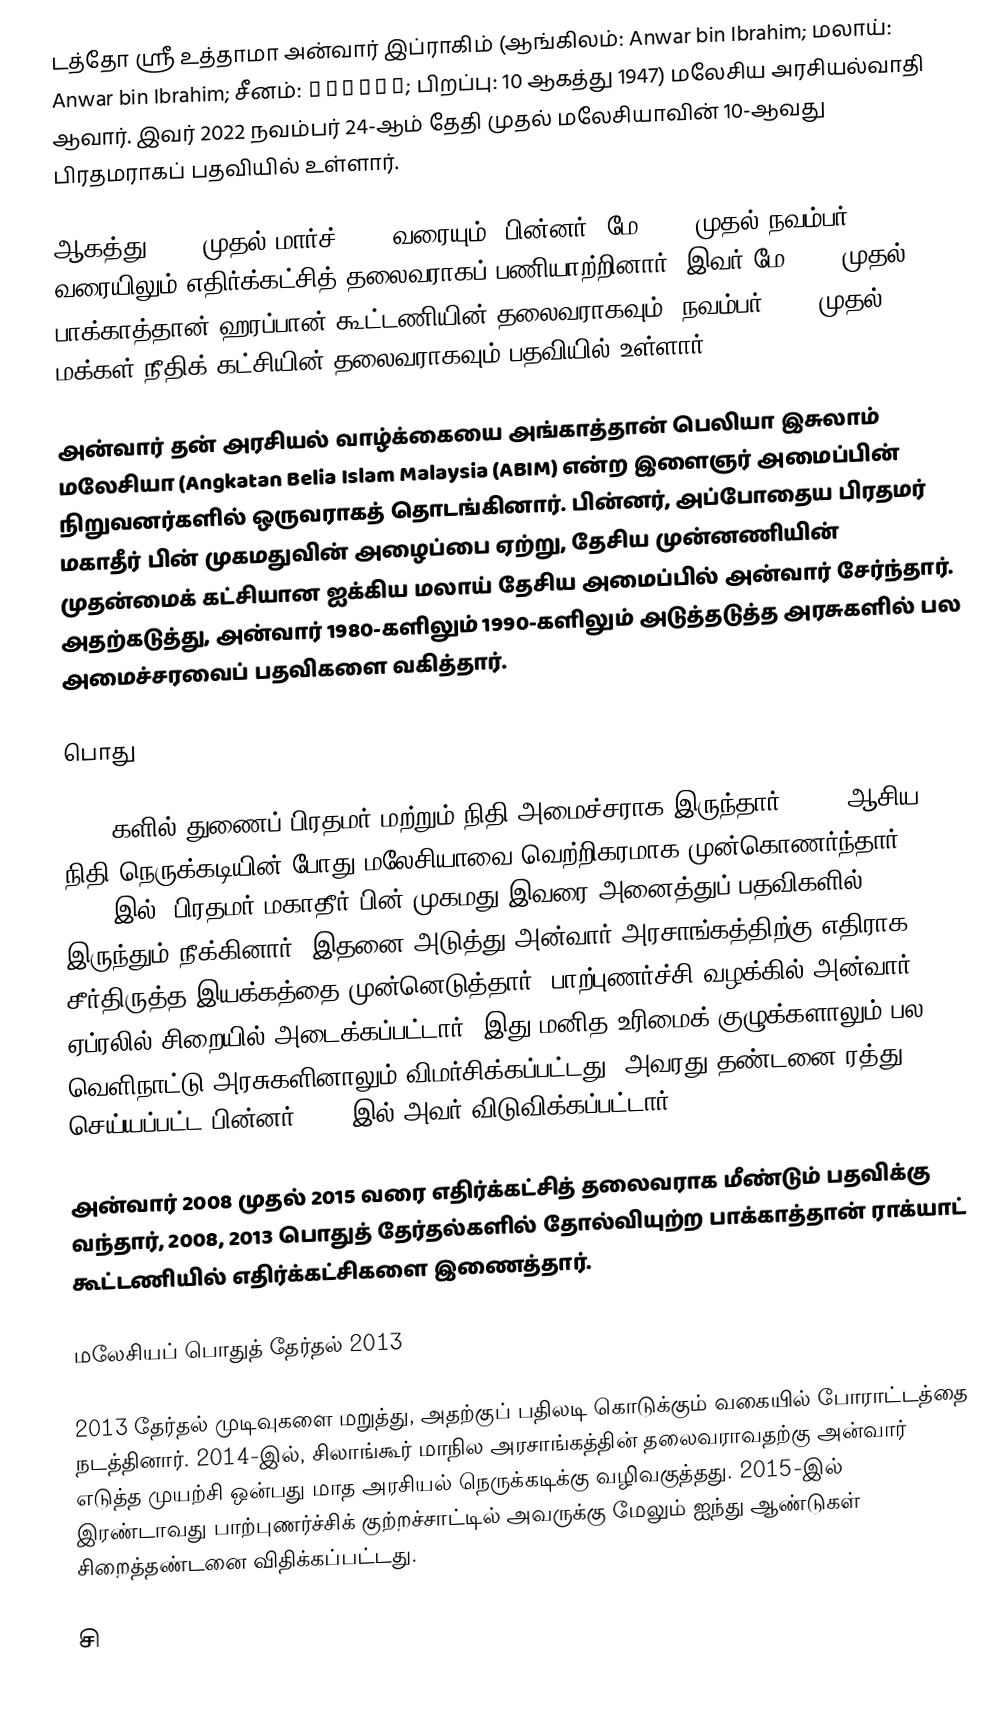
டத்தோ ஸ்ரீ உத்தாமா அன்வார் இப்ராகிம் (ஆங்கிலம்: Anwar bin Ibrahim; மலாய்: Anwar bin Ibrahim; சீனம்: 安華易卜拉欣; பிறப்பு: 10 ஆகத்து 1947) மலேசிய அரசியல்வாதி ஆவார். இவர் 2022 நவம்பர் 24-ஆம் தேதி முதல் மலேசியாவின் 10-ஆவது பிரதமராகப் பதவியில் உள்ளார்.

ஆகத்து 2008 முதல் மார்ச் 2015 வரையும்; பின்னர், மே 2020 முதல் நவம்பர் 2022 வரையிலும் எதிர்க்கட்சித் தலைவராகப் பணியாற்றினார். இவர் மே 2020 முதல் பாக்காத்தான் ஹரப்பான் கூட்டணியின் தலைவராகவும், நவம்பர் 2018 முதல் மக்கள் நீதிக் கட்சியின் தலைவராகவும் பதவியில் உள்ளார்.

அன்வார் தன் அரசியல் வாழ்க்கையை அங்காத்தான் பெலியா இசுலாம் மலேசியா (Angkatan Belia Islam Malaysia (ABIM) என்ற இளைஞர் அமைப்பின் நிறுவனர்களில் ஒருவராகத் தொடங்கினார். பின்னர், அப்போதைய பிரதமர் மகாதீர் பின் முகமதுவின் அழைப்பை ஏற்று, தேசிய முன்னணியின் முதன்மைக் கட்சியான ஐக்கிய மலாய் தேசிய அமைப்பில் அன்வார் சேர்ந்தார். அதற்கடுத்து, அன்வார் 1980-களிலும் 1990-களிலும் அடுத்தடுத்த அரசுகளில் பல அமைச்சரவைப் பதவிகளை வகித்தார்.

பொது

1990-களில் துணைப் பிரதமர் மற்றும் நிதி அமைச்சராக இருந்தார், 1997 ஆசிய நிதி நெருக்கடியின் போது மலேசியாவை வெற்றிகரமாக முன்கொணர்ந்தார். 1998-இல், பிரதமர் மகாதீர் பின் முகமது இவரை அனைத்துப் பதவிகளில் இருந்தும் நீக்கினார். இதனை அடுத்து அன்வார் அரசாங்கத்திற்கு எதிராக சீர்திருத்த இயக்கத்தை முன்னெடுத்தார். பாற்புணர்ச்சி வழக்கில் அன்வார் 1999 ஏப்ரலில் சிறையில் அடைக்கப்பட்டார். இது மனித உரிமைக் குழுக்களாலும் பல வெளிநாட்டு அரசுகளினாலும் விமர்சிக்கப்பட்டது. அவரது தண்டனை ரத்து செய்யப்பட்ட பின்னர் 2004-இல் அவர் விடுவிக்கப்பட்டார்.

அன்வார் 2008 முதல் 2015 வரை எதிர்க்கட்சித் தலைவராக மீண்டும் பதவிக்கு வந்தார், 2008, 2013 பொதுத் தேர்தல்களில் தோல்வியுற்ற பாக்காத்தான் ராக்யாட் கூட்டணியில் எதிர்க்கட்சிகளை இணைத்தார்.

மலேசியப் பொதுத் தேர்தல் 2013

2013 தேர்தல் முடிவுகளை மறுத்து, அதற்குப் பதிலடி கொடுக்கும் வகையில் போராட்டத்தை நடத்தினார். 2014-இல், சிலாங்கூர் மாநில அரசாங்கத்தின் தலைவராவதற்கு அன்வார் எடுத்த முயற்சி ஒன்பது மாத அரசியல் நெருக்கடிக்கு வழிவகுத்தது. 2015-இல் இரண்டாவது பாற்புணர்ச்சிக் குற்றச்சாட்டில் அவருக்கு மேலும் ஐந்து ஆண்டுகள் சிறைத்தண்டனை விதிக்கப்பட்டது.

சி